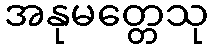
အနုမတ္တေသု